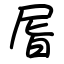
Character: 㞓